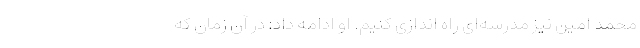
محمد امین نیز مدرسه‌ای راه اندازی کنیم. او ادامه داد: در آن زمان که